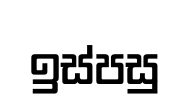
ඉස්පසු